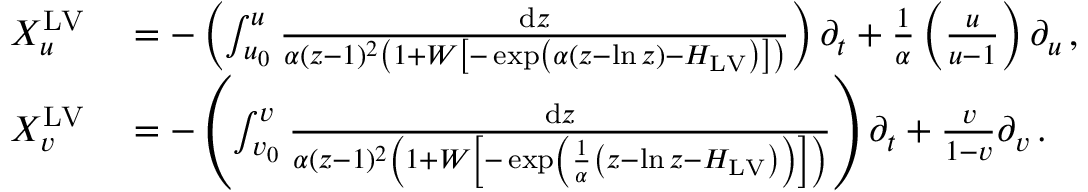
\begin{array} { r l } { X _ { u } ^ { \mathrm { L V } } } & { { } = - \left( \int _ { u _ { 0 } } ^ { u } \frac { \mathrm { d } z } { \alpha ( z - 1 ) ^ { 2 } \left( 1 + W \left[ - \exp \left( \alpha \left( z - \ln z \right) - H _ { \mathrm { L V } } \right) \right] \right) } \right) \partial _ { t } + \frac { 1 } { \alpha } \left( \frac { u } { u - 1 } \right) \partial _ { u } \, , } \\ { X _ { v } ^ { \mathrm { L V } } } & { { } = - \left( \int _ { v _ { 0 } } ^ { v } \frac { \mathrm { d } z } { \alpha ( z - 1 ) ^ { 2 } \left( 1 + W \left[ - \exp \left( \frac { 1 } { \alpha } \left( z - \ln z - H _ { \mathrm { L V } } \right) \right) \right] \right) } \right) \partial _ { t } + \frac { v } { 1 - v } \partial _ { v } \, . } \end{array}